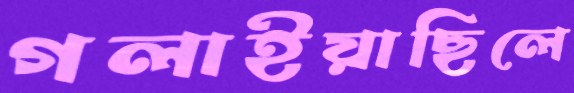
গলাইয়াছিলে